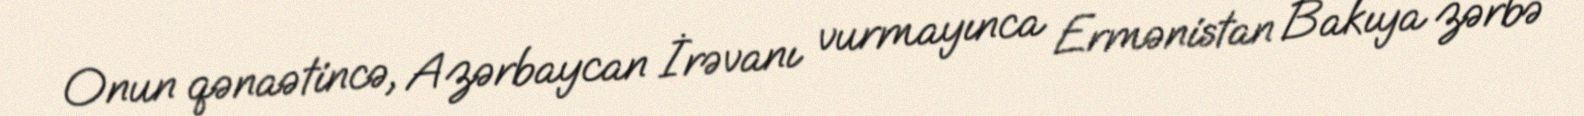
Onun qənaətincə, Azərbaycan İrəvanı vurmayınca Ermənistan Bakıya zərbə